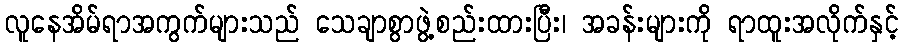
လူနေအိမ်ရာအကွက်များသည် သေချာစွာဖွဲ့စည်းထားပြီး၊ အခန်းများကို ရာထူးအလိုက်နှင့်